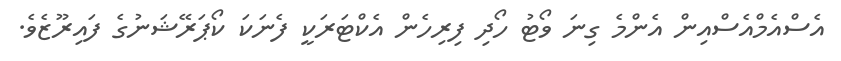
އެސްއެމްއެސްއިން އެންމެ ގިނަ ވޯޓު ހޯދި ފިރިހެން އެކްޓަރަކީ ފެނަކަ ކޯޕަރޭޝަނުގެ ފައިރޫޒެވެ.